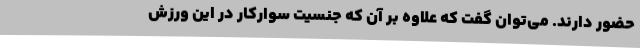
حضور دارند. می‌توان گفت که علاوه بر آن که جنسیت سوارکار در این ورزش